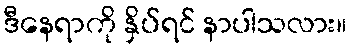
ဒီနေရာကို နှိပ်ရင် နာပါသလား။